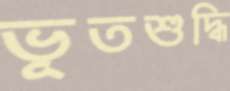
ভূতশুদ্ধি